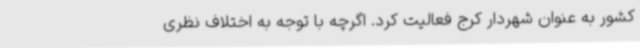
کشور به عنوان شهردار کرج فعالیت کرد. اگرچه با توجه به اختلاف نظری